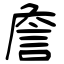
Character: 詹